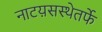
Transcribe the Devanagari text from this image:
नाटय़सस्थेतर्फे